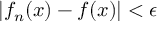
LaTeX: | f _ { n } ( x ) - f ( x ) | < \epsilon